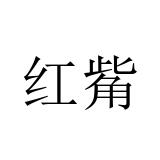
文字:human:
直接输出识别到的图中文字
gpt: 红觜